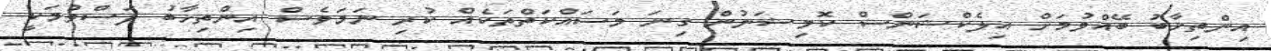
އިންތިޚާބު ބޭއްވުމަށް އިލެކްޝަންސް ކޮމިޝަނުން ގިނަ މަސައްކަތްތަކެއް ކުރި ނަމަވެސް އިންތިޚާބު ފަސްވުމަކީ